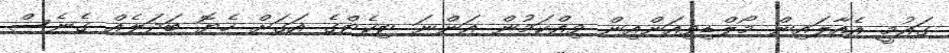
ގައުމީ އެއާލައިން މޯލްޑިވިއަންއިން ވިއްކަމުން އަންނަ ޓިކެޓްގެ އަގަށް ހެޔޮ ބަދަލެއް ގެނެސް